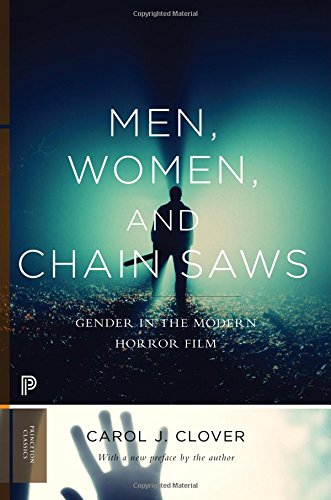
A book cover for Men, Women, and Chain Saws: Gender in the Modern Horror Film (Princeton Classics); Carol J. Clover; Humor & Entertainment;